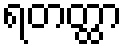
ရတတ္ထာ